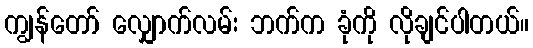
ကျွန်တော် လျှောက်လမ်း ဘက်က ခုံကို လိုချင်ပါတယ်။